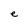
Character: e